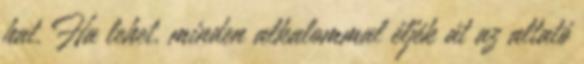
hat. Ha lehet, minden alkalommal éljék át az altató